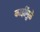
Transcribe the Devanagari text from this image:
काझींमुळे